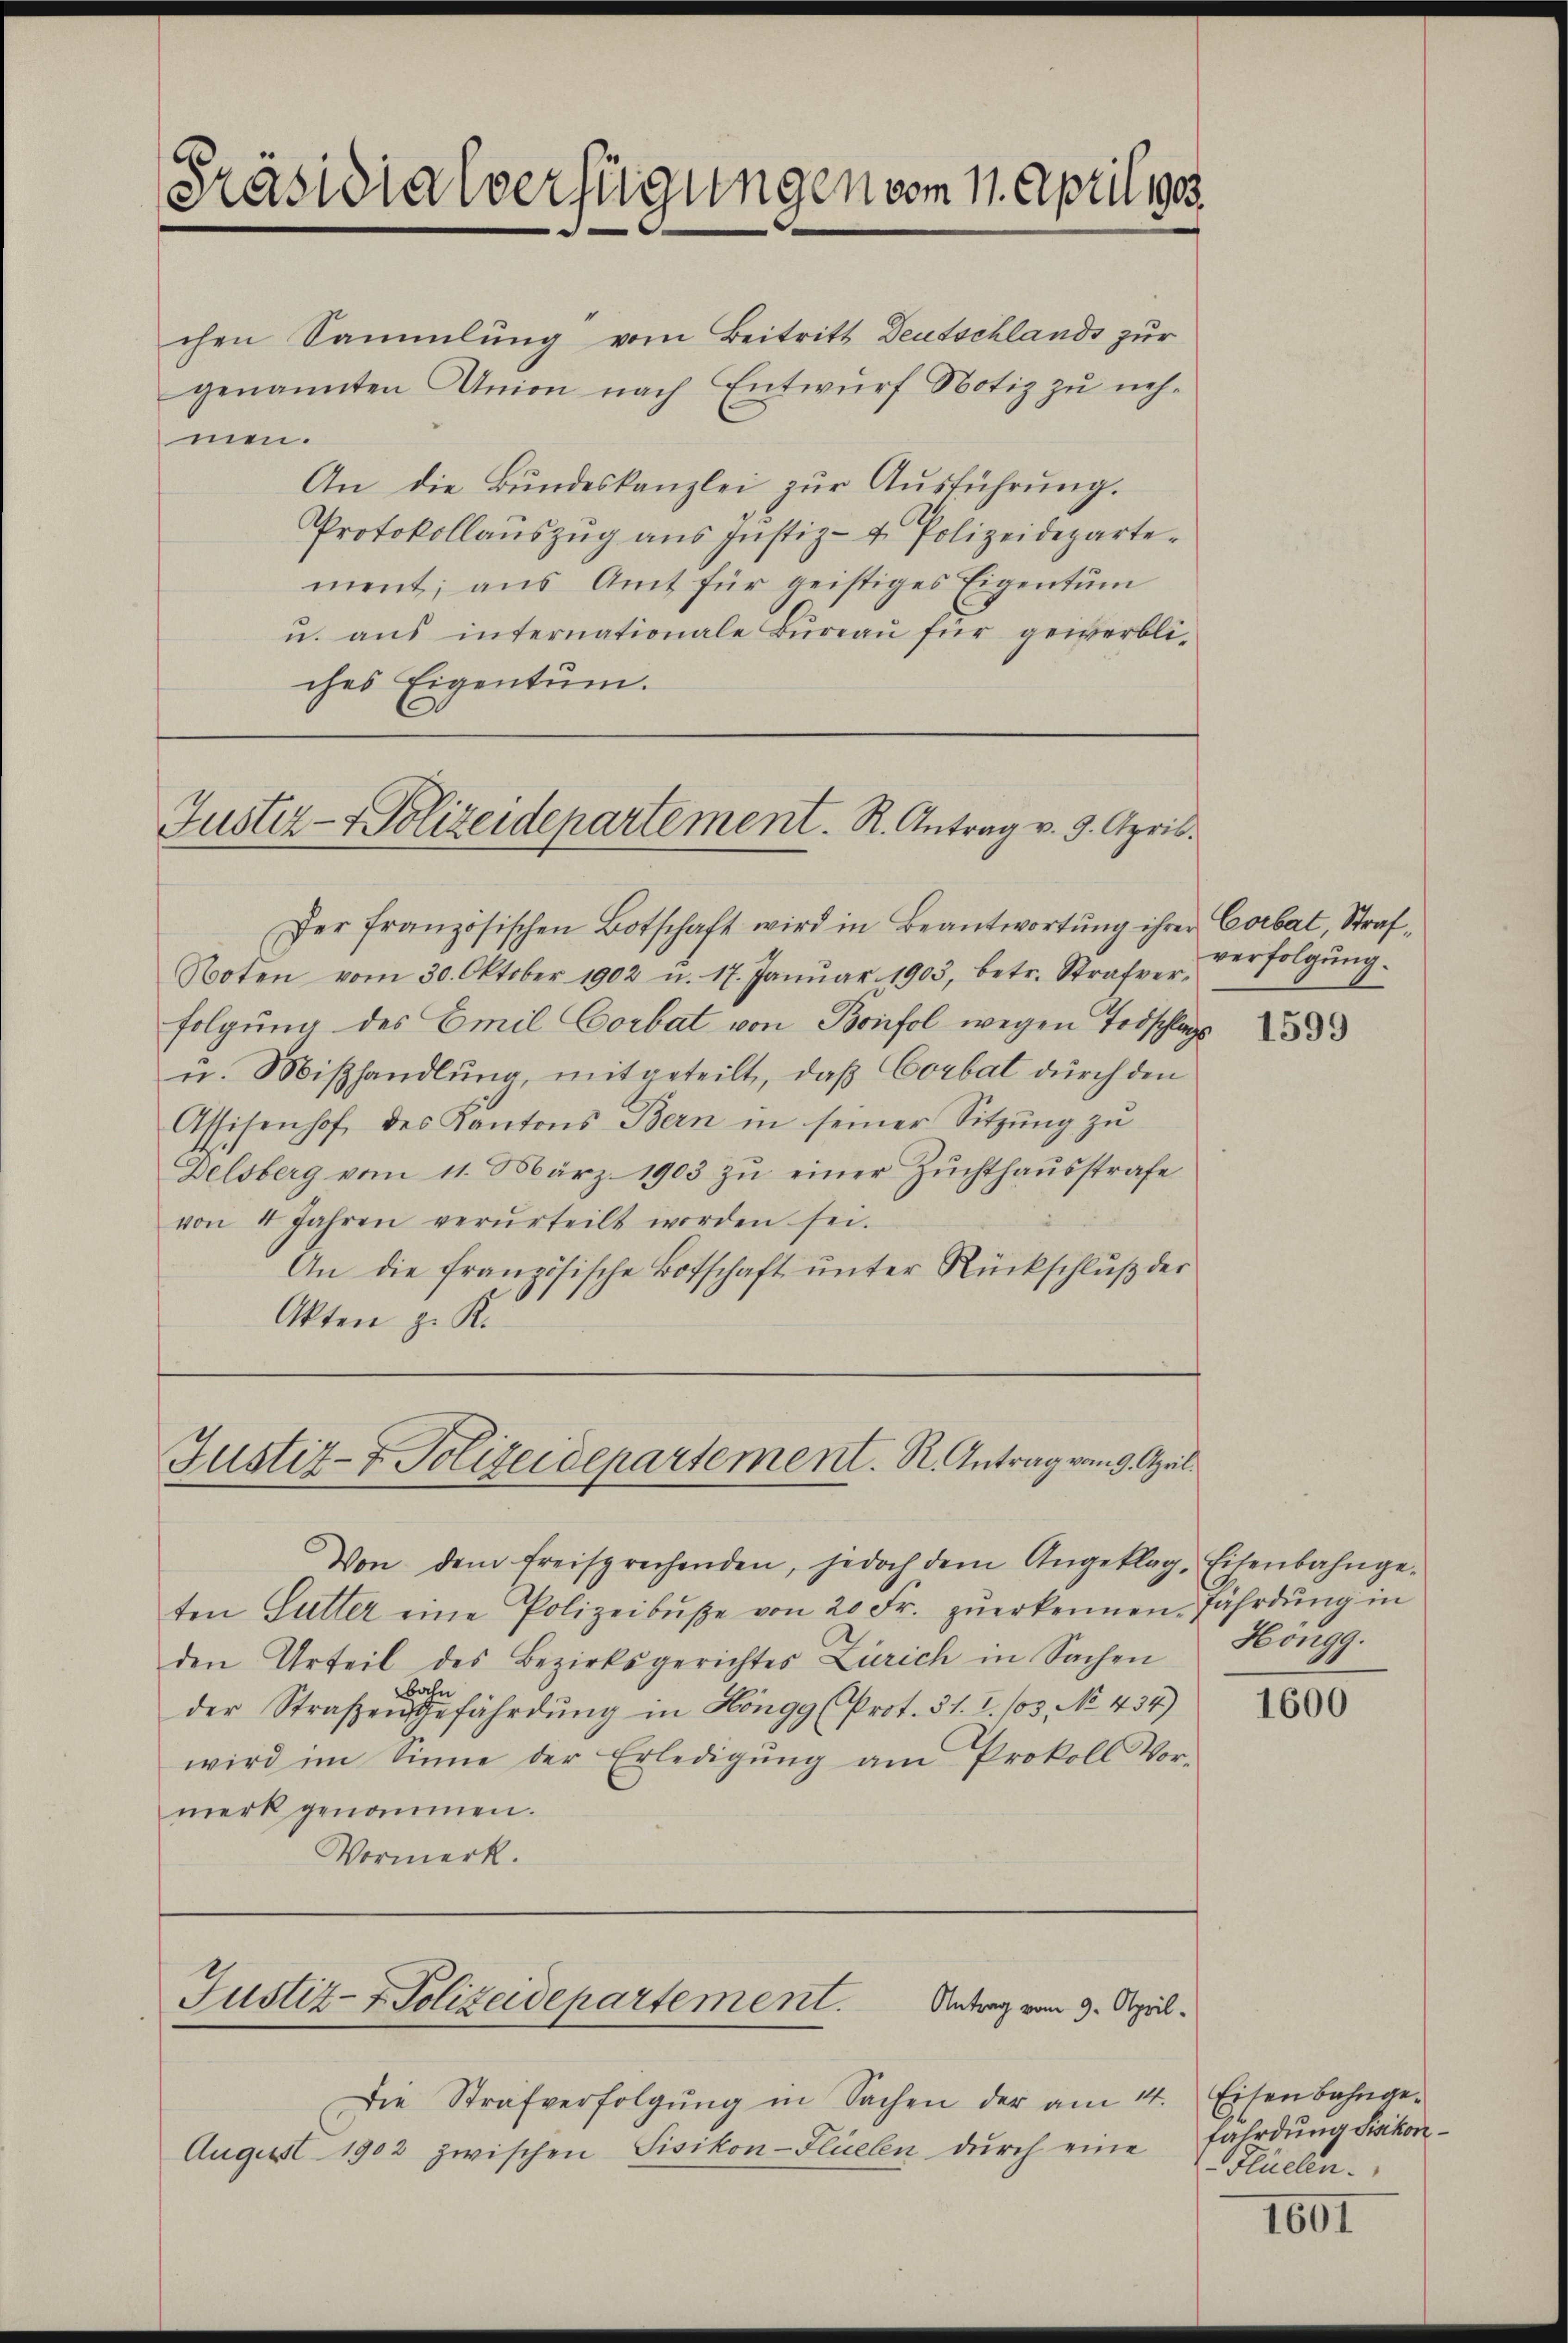
Präsidialverfügungen vom 11. April 1905.

chen Sammlung vom Beitritt Deutschlands zur
genannten Anion nach Entwurf Notiz zu nehmen.
An die Bŭndeskanzlei zŭr Aŭsführŭng.
Protokollauszug aus Justiz- & Polizeidepartement; aus Amt für geistiges Eigentum
u. aus internationale Bureau für gewerbliches Eigentum.

Justiz - Polizeidepartement. R. Antrag v. 9. April.

Justiz- & Polizeidepartement. R. Antrag vom 9. April

Der französischen Botschaft wird in Beantwortŭng ihrer Corbat, Straf-
Noten vom 30. Oktober 1902 u. 17. Janŭar 1903, betr. Strafver-
folgung des Emil Corbat von Bonfol wegen Todschlags
u. Miβhandlŭng, mitgeteilt, daß Corbat durch den
Assisenhof des Kantons Bern in seiner Sitzŭng zŭ
Delsberg vom 11. März 1903 zŭ einer Zŭchthaŭsstrafe
von 4 Jahren verurteilt worden sei.
An die französische Botschaft ŭnter Rückschlŭβ der
Akten z. K.

Justiz- & Polizeidepartement. Antrag vom 9. April.

Die Strafverfolgŭng in Sachen der am 14.
August 1902 zwischen Sisikon-Slüelen durch eine

Von dem freisprechenden, jedoch dem Angeklag. Eisenbahnge-
ten Sutter eine Polizeibŭβe von 20 Fr. zŭerkennen, fährdung in
den Urteil des Bezirksgerichtes Zürich in Sachen Höngg.
bahn
der Straßen Gefährdŭng in Höngg (Prot. 31. I. /03, No 434)
wird im Sinne der Erledigŭng am Prokoll Vor-
merk genommen.
Vormerk.

verfolgung.

1599

1600

Eisenbahngefalrdung Sisikon
Flüelen.

1601